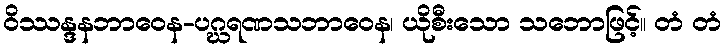
ဝိဿန္ဒနဘာဝေန-ပဂ္ဃရဏသဘာဝေန၊ ယိုစီးသော သဘောဖြင့်။ တံ တံ